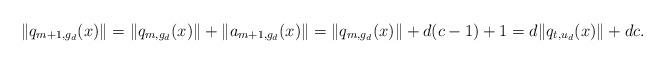
LaTeX: \begin{align*} \|q_{m+1, g_d}(x)\| = \|q_{m, g_d}(x)\|+\|a_{m+1, g_d}(x)\| =\|q_{m, g_d}(x)\|+ d(c-1)+1 = d\|q_{t,u_d}(x)\| + dc.\end{align*}